Calcutta medical institutions reports 1871-78
Year: 1871
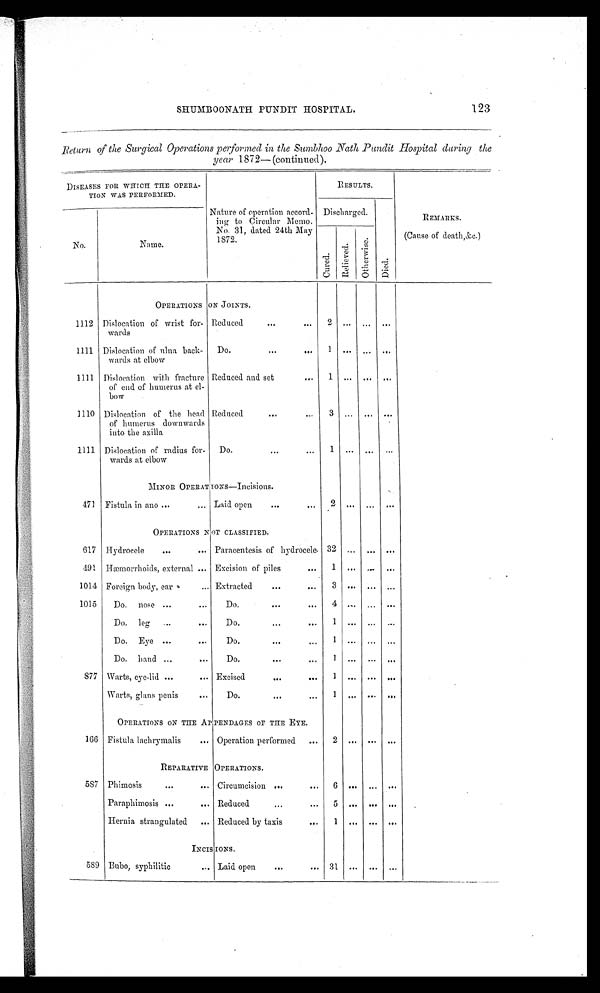
SHUMBOONATH PUNDIT HOSPITAL.
123
Return of the Surgical Operations performed in the Sumbhoo Nath Pundit Hospital during the
year 1872— (continued).
DISEASES FOR WHICH THE OPERA-
TION WAS PERFORMED.
Nature of operation accord-
ing to Circular Memo.
No. 31, dated 24th May
1872.
RESULTS.
REMARKS.
(Cause of death,&c.)
No.
Name
Discharged.
D i e d .
C u r e d .
R e l i e v e d .
Ot h e r wi s e .
OPERATIONS ON JOINTS.
1112 Dislocation of wrist for-
wards
Reduced
2 ... ... ...
1111 Dislocation of ulna back-
wards at elbow
Do.
1
... ... ...
1111 Dislocation with fracture
of end of humerus at el-
bow
Reduced and set
1
... ... ...
1110 Dislocation of the head
of humerus downwards
into the axilla
Reduced
3 ... ... ...
1111 Dislocation of radius for-
wards at elbow
Do.
1 ... ... ...
MINOR OPERATIONS—Incisions.
471 Fistula in ano
Laid open
2 ... ... ...
OPERATIONS NOT CLASSIFIED.
617 Hydrocele
Paracentesis of hydrocele 32 ... ... ...
491 Hæmorrhoids, external
Excision of piles
1 ... ... ...
1014 Foreign body, ear
Extracted
3 ... ... ...
1015
Do. nose
Do.
4 ... ... ...
Do. leg
Do.
1 ... ... ...
Do. Eye
Do.
1 ... ... ...
Do. hand
Do.
1 ... ... ...
877 Warts, eye-lid
Excised
1 ... ... ...
Warts, glans penis
Do.
1 ... ... ...
OPERATIONS ON THE APPENDAGES OF THE EYE.
166 Fistula lachrymalis
Operation performed
2 ... ... ...
REPARATIVE OPERATIONS.
587 Phimosis
Circumcision
6 ...... ...
Paraphimosis
Reduced
5 ... ... ...
Hernia strangulated
Reduced by taxis
1 ... ... ...
INCISIONS.
589 Bubo, syphilitic
Laid open
31 ... ... ...